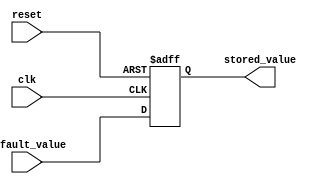
module fallback_bypass_register (
    input wire clk,
    input wire reset,
    input wire [7:0] default_value,
    output reg [7:0] stored_value
);

always @(posedge clk or posedge reset) begin
    if (reset) begin
        stored_value <= 8'h00; // Reset the stored value
    end else begin
        stored_value <= default_value; // Store the default value
    end
end

endmodule